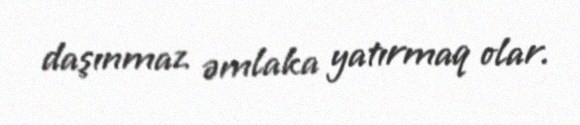
daşınmaz əmlaka yatırmaq olar.